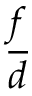
\frac { f } { d }